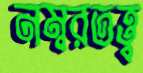
নম্বরতত্ত্ব